Rangoon Lunatic Asylum 1893-1897 - 1893-1897
Year: 1893
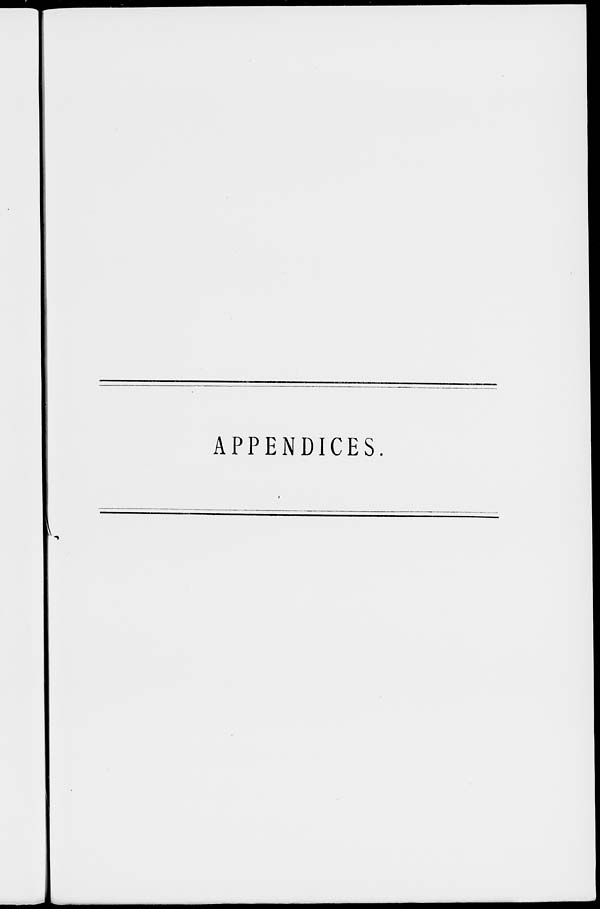
APPENDICES.